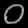
Digit: ၀